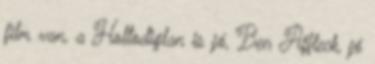
film van, a Holtodiglan is jó, Ben Affleck, jó